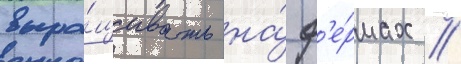
выра́щивать на́ ф'е́рмах //